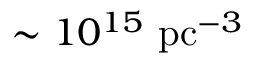
\sim 1 0 ^ { 1 5 } ~ \mathrm { p c } ^ { - 3 }